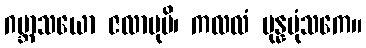
ဂဗ္ဘာသယော ဇလာဗုပိ၊ ကလလံ ပုန္နပုံသကေ။